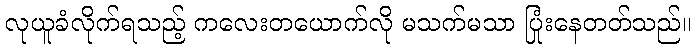
လုယူခံလိုက်ရသည့် ကလေးတယောက်လို မသက်မသာ ပြုံးနေတတ်သည်။